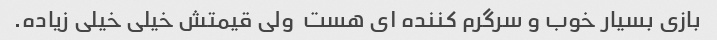
بازی بسیار خوب و سرگرم کننده ای هست  ولی قیمتش خیلی خیلی زیاده.